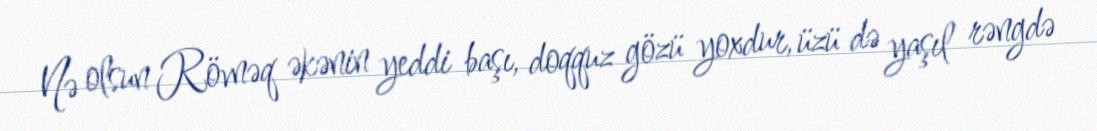
Nə olsun Rövnəq əkənin yeddi başı, doqquz gözü yoxdur, üzü də yaşıl rəngdə